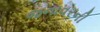
જનાવરની